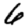
Digit: 6